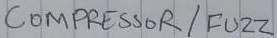
Text: COMPRESSOR/ FUZZ